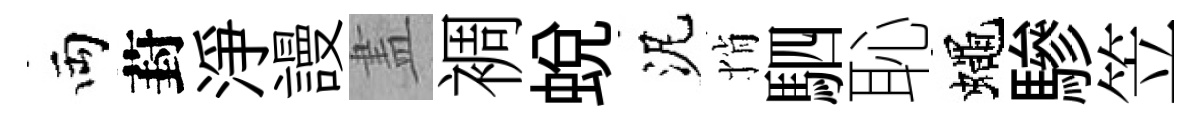
両葑淨謾𥁞裯蛻泥悄駟恥蠅驂笠